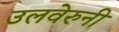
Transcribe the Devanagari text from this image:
उलवेरुनी